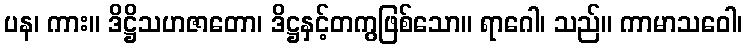
ပန၊ ကား။ ဒိဋ္ဌိသဟဇာတော၊ ဒိဋ္ဌနှင့်တကွဖြစ်သော။ ရာဂေါ၊ သည်။ ကာမာသဝေါ၊